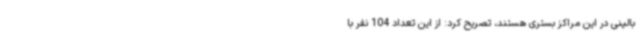
بالینی در این مراکز بستری هستند، تصریح کرد: از این تعداد 104 نفر با